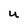
Character: U